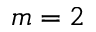
m = 2